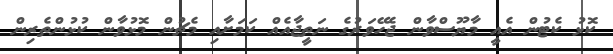
ކޮޅު ކެޓުން އެއީ މާޔޫސްވާން ޖެހޭވަރުގެ ނަތީޖާއެއް ކަމަށާއި މެޗުން މޮޅުވާން ކުޅުންތެރިން